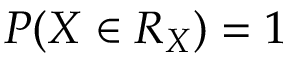
P ( X \in R _ { X } ) = 1